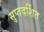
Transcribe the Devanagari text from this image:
सुप्तदर्शित